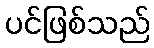
ပင်ဖြစ်သည်